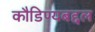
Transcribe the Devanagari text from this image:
कौडिण्यबद्दल